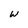
Character: w